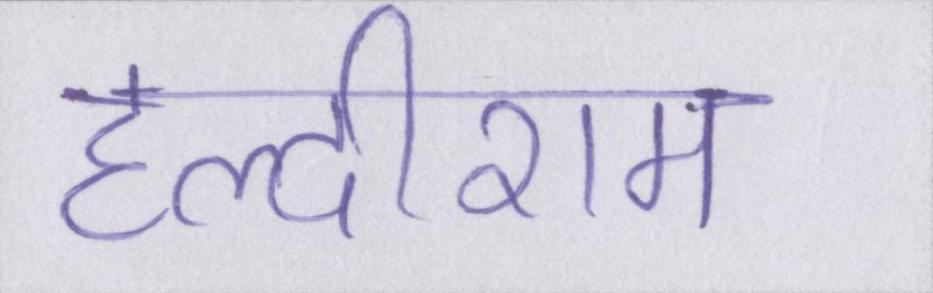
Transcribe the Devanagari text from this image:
हल्दीराम